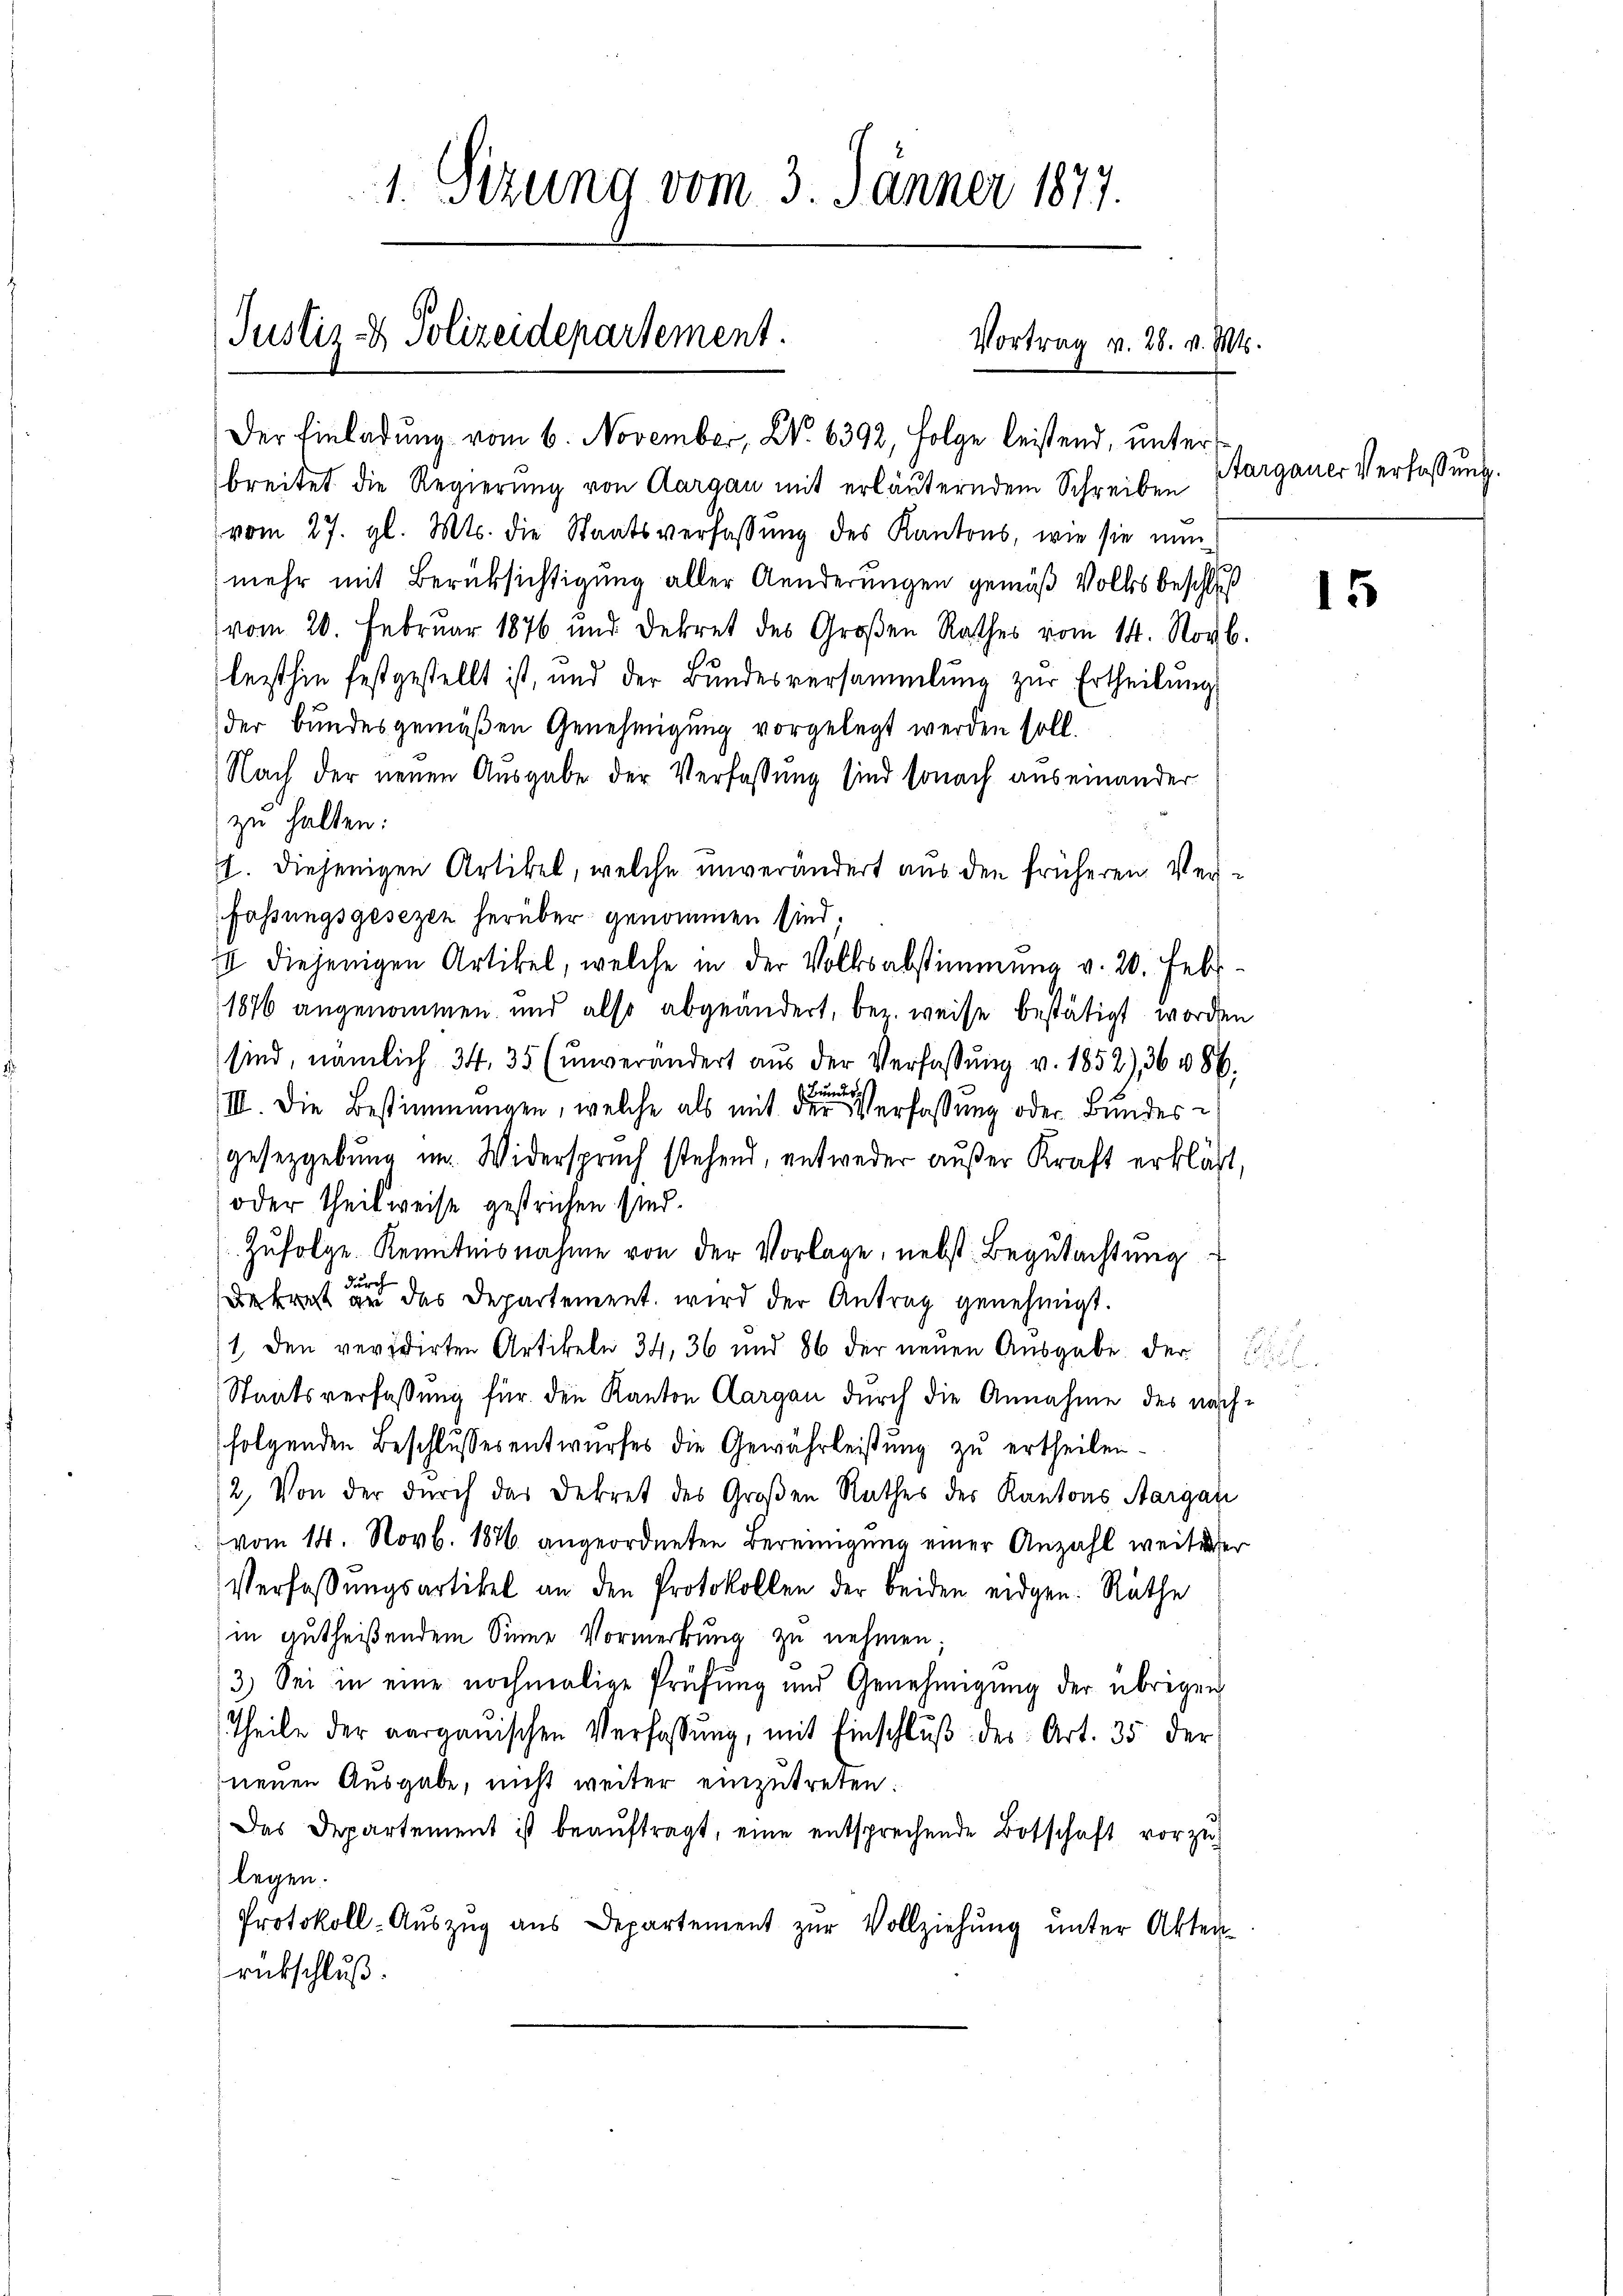
1. Sitzung vom 3. Jänner 1877.

Justiz- & Polizeidepartement.

Der Einladung vom 6. November, N. 6392, Folge leistend, unter¬

breitet die Regierung von Aargau mit erläuterndem Schreiben
vom 27. gl. Mts. die Staatsverfassung des Kantons, wie sie nun
mehr mit Berüksichtigung aller Aenderungen gemäß Volksbeschluß
vom 20. Februar 1876 und Dekret des Großen Rathes vom 14. Novb.
lezthin festgestellt ist, und der Bundesversammlung zur Ertheilung
der bundesgemäßen Genehmigung vorgelegt werden soll.
Nach der neuen Ausgabe der Verfassung sind sonach auseinander
zu halten:
1. diejenigen Artikel, welche unverändert aus den früheren Verfassungsgesezen herüber genommen sind.
I diejenigen Artikel, welche in der Volksabstimmung v. 20. Febr.
1876 angenommen und also abgeändert, bez. weise bestätigt worden
sind, nämlich 34, 35 (ŭnverändert aŭs der Verfassŭng v. 1852), 36 486.
III. Die Bestimmungen, welche als mit der Verfassung oder Bundesgesetzgebung im Widerspruch stehend, entweder außer Kraft erklärt,
oder theilweise gestrichen sind.
Zŭfolge Kenntnisnahme von der Vorlage, nebst Begutachtung
urch
Bekret an das Departement wird der Antrag genehmigt.
1. den revidirten Artikeln 34, 36 und 86 der neŭen Aŭsgabe der
Staatsverfassung für den Kanton Aargau durch die Annahme des nach
folgenden Beschlussesentwurfes die Gewährleistung zu ertheilen.
/2. Von der durch das Dekret des Großen Rathes des Kantons Aargau
vom 14. Novb. 1876 angeordneten Bereinigung einer Anzahl weiterer
Verfassungsartikel an den Protokollen der beiden eidgen. Räthe
in autheißendem Sinne Vormerkung zu nehmen;
3.) Sei in eine nochmalige Prüfung und Genehmigung der übrigen
Theile der aargauischen Verfassŭng, mit Einschlŭβ des Art. 35 der
neuen Ausgabe, nicht weiter einzutreten:
Das Departement ist beauftragt, eine entsprechende Botschaft vorzulegen.
Protokoll-Aŭszŭg aŭs Departement zŭr Vollziehŭng ŭnter Akten-
rückschluß.

Vortrag v. 28. v. Mts.

Aargauer Verfaßung.
15